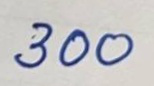
300